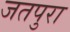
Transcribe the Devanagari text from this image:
जतपुरा